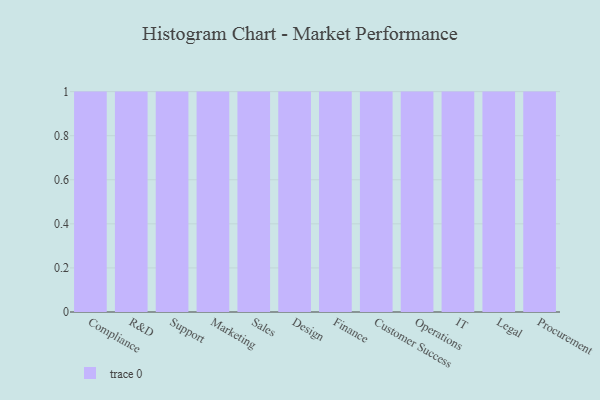
{"axis": {"x": "Department", "y": "Customer Acquisition Cost (USD)"}, "legend": [""], "data": [{"x": "Compliance", "y": 12, "type": ""}, {"x": "R&D", "y": 52, "type": ""}, {"x": "Support", "y": 98, "type": ""}, {"x": "Marketing", "y": 29, "type": ""}, {"x": "Sales", "y": 36, "type": ""}, {"x": "Design", "y": 81, "type": ""}, {"x": "Finance", "y": 74, "type": ""}, {"x": "Customer Success", "y": 85, "type": ""}, {"x": "Operations", "y": 94, "type": ""}, {"x": "IT", "y": 68, "type": ""}, {"x": "Legal", "y": 74, "type": ""}, {"x": "Procurement", "y": 96, "type": ""}]}